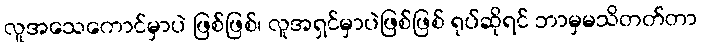
လူအသေကောင်မှာပဲ ဖြစ်ဖြစ်၊ လူအရှင်မှာပဲဖြစ်ဖြစ် ရုပ်ဆိုရင် ဘာမှမသိတတ်တာ